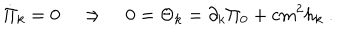
\dot { \Pi } _ { k } = 0 \quad \Rightarrow \quad 0 = \Theta _ { k } = \partial _ { k } \Pi _ { 0 } + c m ^ { 2 } h _ { k } \ .